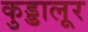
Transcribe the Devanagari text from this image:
कुड्डालूर